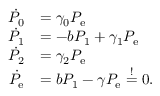
\begin{array} { r l } { \dot { P _ { 0 } } } & { = \gamma _ { 0 } P _ { \mathrm { e } } } \\ { \dot { P _ { 1 } } } & { = - b P _ { 1 } + \gamma _ { 1 } P _ { \mathrm { e } } } \\ { \dot { P _ { 2 } } } & { = \gamma _ { 2 } P _ { \mathrm { e } } } \\ { \dot { P _ { \mathrm { e } } } } & { = b P _ { 1 } - \gamma P _ { \mathrm { e } } \overset { ! } { = } 0 . } \end{array}